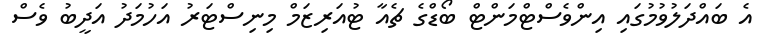
އެ ބައްދަލުވުމުގައި އިންވެސްޓްމަންޓް ބޯޑްގެ ޗެއާ ޓުއަރިޒަމް މިނިސްޓަރު އަހުމަދު އަދީބު ވެސް